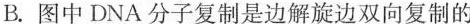
B.图中DNA分子复制是边解旋边双向复制的